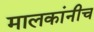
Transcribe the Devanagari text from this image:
मालकांनीच